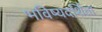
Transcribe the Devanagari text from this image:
भविष्यदर्शिता